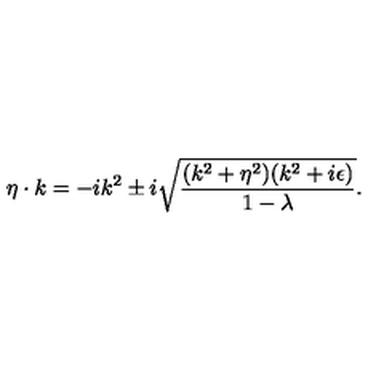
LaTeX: \eta \cdot k = - i k ^ { 2 } \pm i \sqrt { { \frac { ( k ^ { 2 } + \eta ^ { 2 } ) ( k ^ { 2 } + i \epsilon ) } { 1 - \lambda } } } .